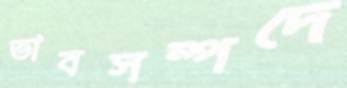
ভাবসম্পদে